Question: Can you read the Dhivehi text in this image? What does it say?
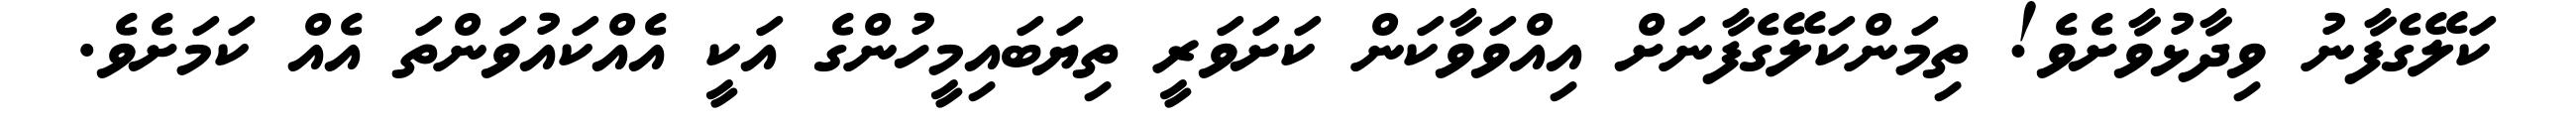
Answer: ކަލޭގެފާނު ވިދާޅުވާށެވެ! ތިމަންކަލޭގެފާނަށް އިއްވަވާކަން ކަށަވަރީ ތިޔަބައިމީހުންގެ އަކީ އެއްކައުވަންތަ އެއް ކަމަށެވެ.